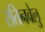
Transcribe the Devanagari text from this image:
रतिनवेलु